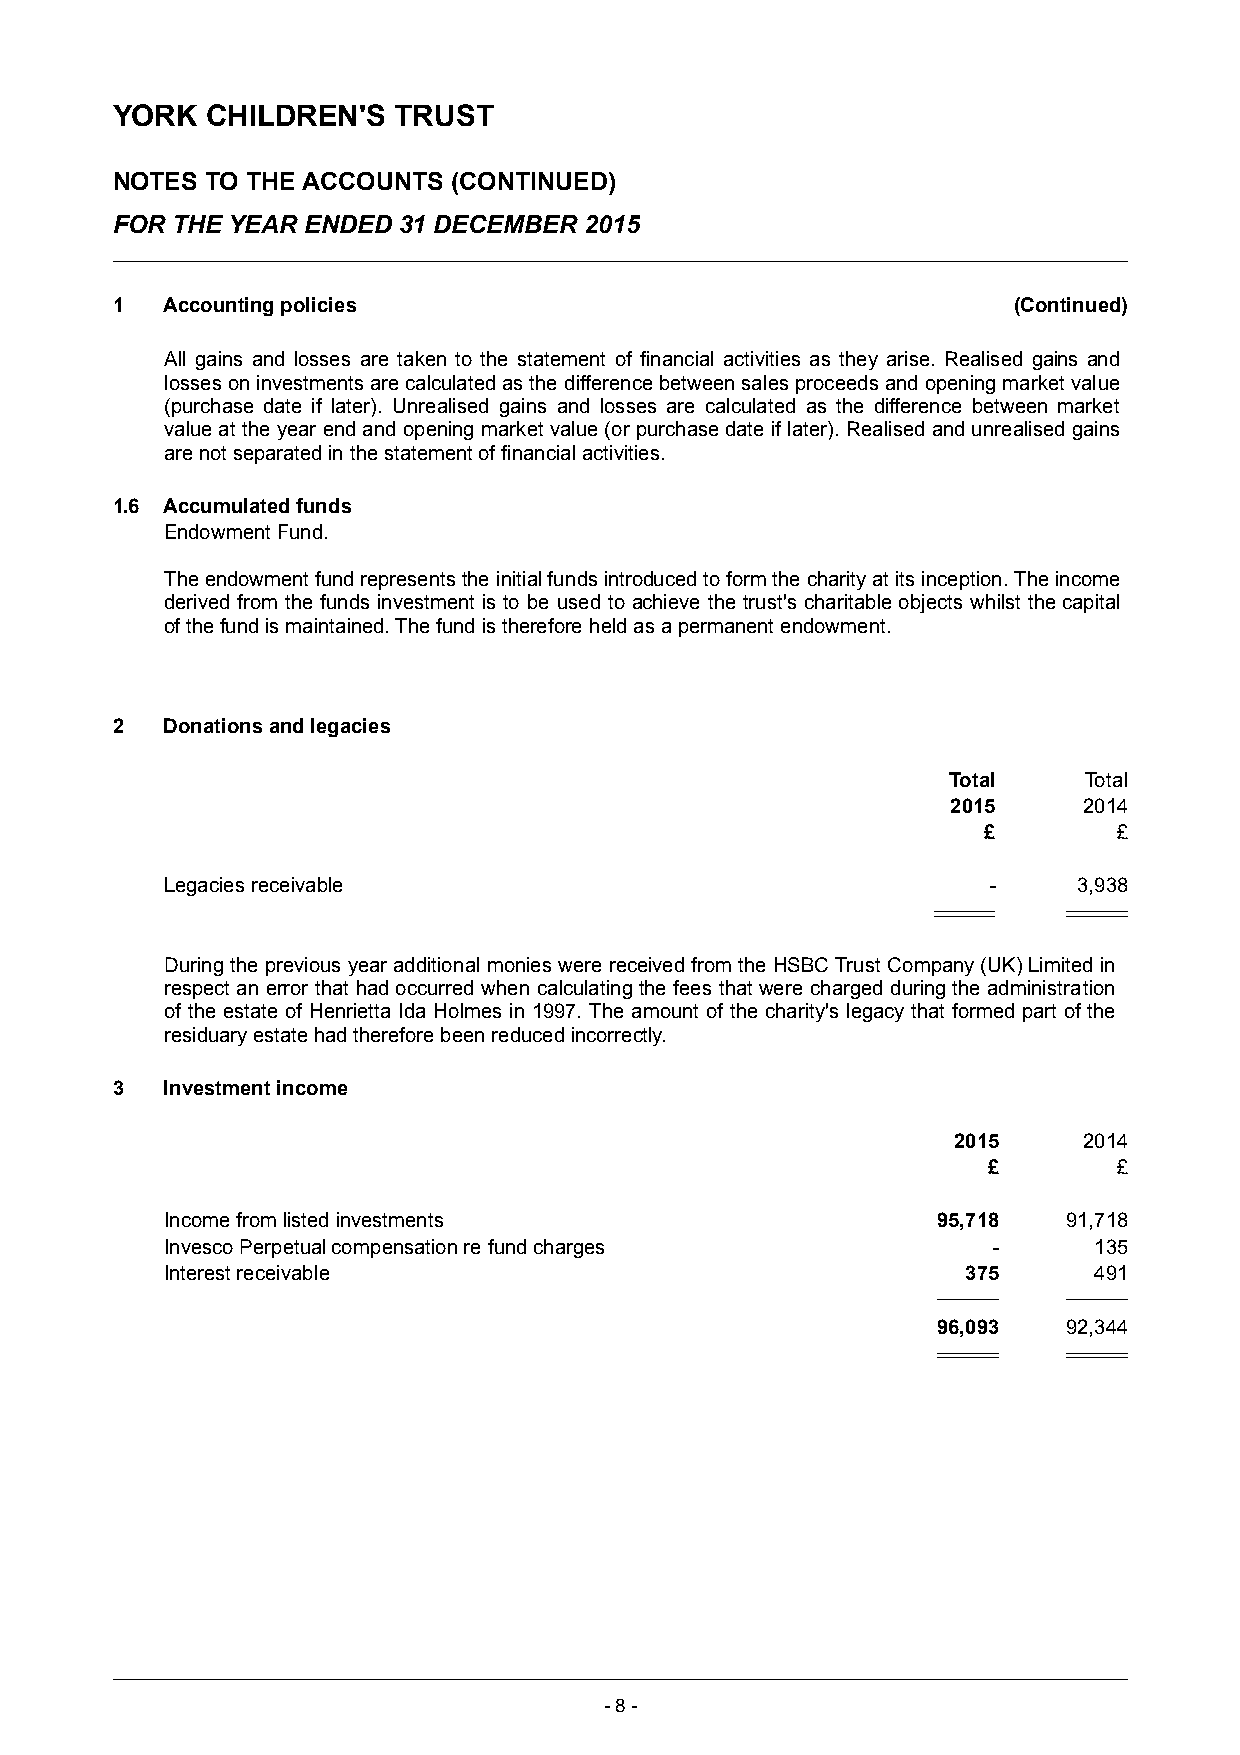
YORK   CHILDREN'S  TRUST
 NOTES  TO THE ACCOUNTS (CONTINUED)
 FOR THE YEAR ENDED 31 DECEMBER  2015
 1   Accounting policies                                     (Continued)
 All gains and losses are taken to the statement of financial activities as they arise. Realised gains and
 losses on investments are calculated as the difference between sales proceeds and opening market value
 (purchase date if later). Unrealised gains and losses are calculated as the difference between market
 value at the year end and opening market value (or purchase date if later). Realised and unrealised gains
 are not separated in the statement of financial activities.
 1.6 Accumulated funds
 Endowment Fund.
 Theendowment fund representsthe initial funds introduced to form the charity at its inception. The income
 derived from the funds investment is to be used to achieve the trust's charitable objects whilst thecapital
 of the fund is maintained. The fund is therefore held as a permanent endowment.
 2   Donations and legacies
 Total    Total
 2015     2014
 £        £
 Legacies receivable                                   -     3,938
 During the previous year additional monies were received from the HSBC Trust Company (UK) Limited in
 respect an error that had occurred when calculating the fees that were charged during the administration
 of the estate of Henrietta Ida Holmes in 1997. The amount of the charity's legacy that formed part of the
 residuary estate had therefore been reduced incorrectly.
 3   Investment income
 2015     2014
 £        £
 Income from listed investments                     95,718   91,718
 Invesco Perpetual compensation re fund charges         -     135
 Interest receivable                                  375     491
 96,093   92,344
 -8 -